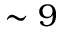
\sim 9